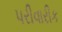
પરીવારીક